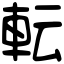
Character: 転